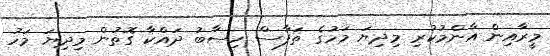
މީރާއިން އާންމުކުރި މިދިޔަ މަހުގެ ތަފާސް ހިސާބު ދައްކާ ގޮތުން މިދިޔަ މަހު